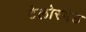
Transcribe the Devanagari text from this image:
टेलोरमेड